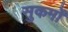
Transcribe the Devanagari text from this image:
सुकर्मों